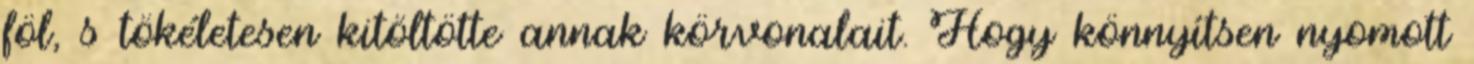
föl, s tökéletesen kitöltötte annak körvonalait. Hogy könnyítsen nyomott